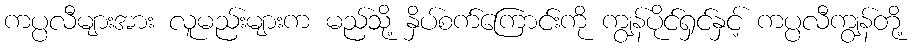
ကပ္ပလီများအား လူမည်းများက မည်သို့ နှိပ်စက်ကြောင်းကို ကျွန်ပိုင်ရှင်နှင့် ကပ္ပလီကျွန်တို့